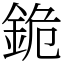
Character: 䤥